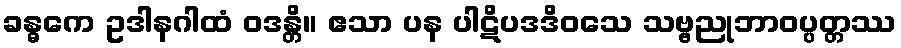
ခန္ဓကေ ဥဒါနဂါထံ ဝဒန္တိ။ ဧသာ ပန ပါဋိပဒဒိဝသေ သဗ္ဗညုဘာဝပ္ပတ္တဿ